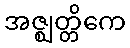
အဇ္ဈတ္တိကေ